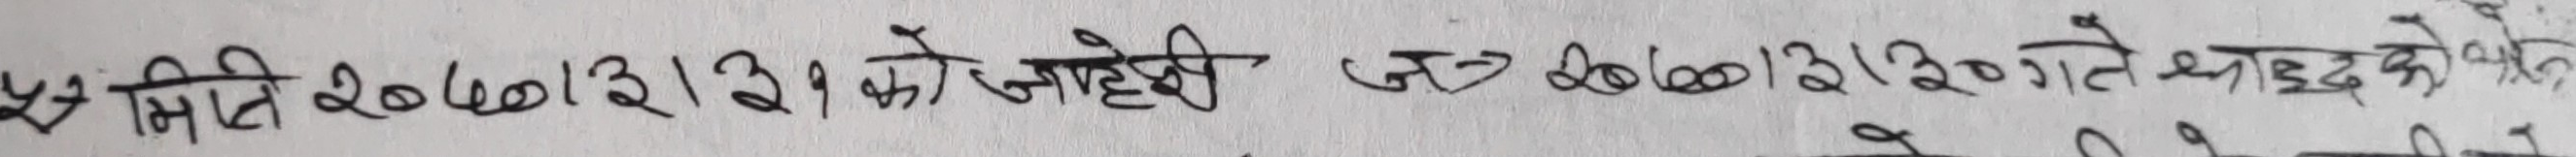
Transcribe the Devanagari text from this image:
४४ मिति २०७०।३।३१ गते जाहेरी ज.नं. २०७०।३।२० गते थुनुवाको भाको